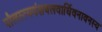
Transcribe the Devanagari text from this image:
पौलस्त्यवंशबलवार्धिवनावनस्य